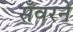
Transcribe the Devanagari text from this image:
सँवरने